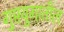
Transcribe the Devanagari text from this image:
गुप्तयुगातील